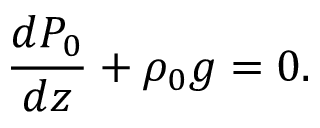
\frac { d P _ { 0 } } { d z } + \rho _ { 0 } g = 0 .